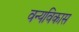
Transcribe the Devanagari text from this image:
वन्यविकास